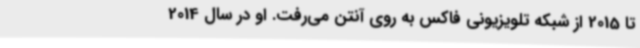
تا 2015 از شبکه تلویزیونی فاکس به روی آنتن می‌رفت. او در سال 2014